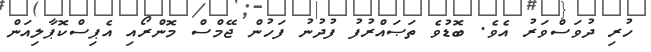
ހުރި ދުވަސްވަރު އެވެ. ބޮޑުވެ ތަޞައްރުފު ފުދުނު ފަހުން ޖޭމްސް މޮންރޯއި އެޕިސްކޮޕާލިއަން